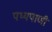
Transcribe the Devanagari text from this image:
पथ्यपाणी